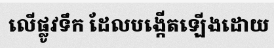
លើផ្លូវទឹក ដែលបង្កើតឡើងដោយ